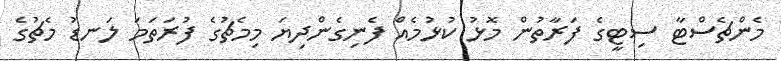
މެންޗެސްޓާ ސިޓީގެ ފަރާތުން މޮޅު ކުޅުމެއް ފެނިގެންދިޔަ މިމެޗުގެ ފުރަތަމަ ލަނޑު މެޗުގެ